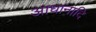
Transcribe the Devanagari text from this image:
आधानादि